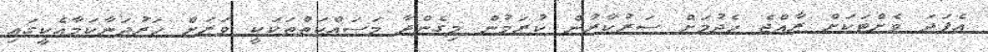
އެފަދަ ވެށްޓަކަށް ރާއްޖެ ހެދުމަށް ސަރުކާރުން ކުރަމުން މިގެންދާ މަސައްކަތްތަކަކީ ވަރަށް ހަރުދަނާކަމާއެކީގައި